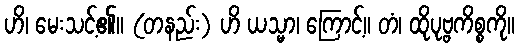
ဟိ၊ မေးသင့်၏။ (တနည်း) ဟိ ယသ္မာ၊ ကြောင့်။ တံ၊ ထိုပုဗ္ဗကိစ္စကို။